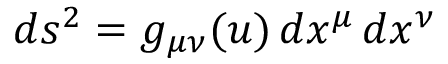
d s ^ { 2 } = g _ { \mu \nu } ( u ) \, d x ^ { \mu } \, d x ^ { \nu }